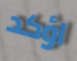
اؤكد